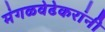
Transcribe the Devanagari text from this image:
मंगळवेढेकरांनी